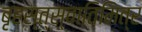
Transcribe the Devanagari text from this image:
बृहस्त्स्वातिमित्र